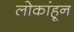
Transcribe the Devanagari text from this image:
लोकांहून